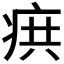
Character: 𭼊